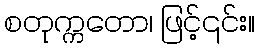
စတုက္ကတော၊ ဖြင့်၎င်း။